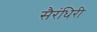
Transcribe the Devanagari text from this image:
सैरंधिरी